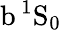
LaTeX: \mathrm{b\, ^{1}S_{0}}